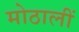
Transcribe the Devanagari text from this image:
मोठालीं